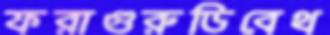
ফরাগুরুডিবেথ